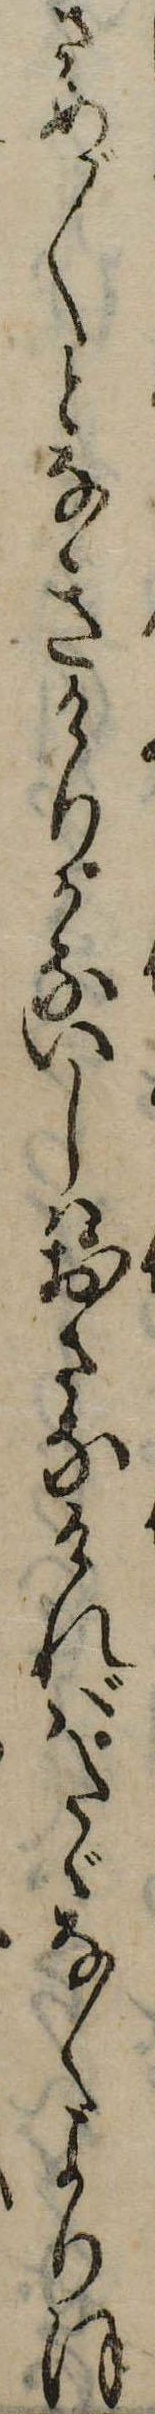
さめ〲となきけりかないしはおさなければたゞなくよりほ